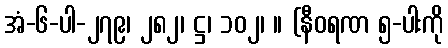
အံ-၆-ပါ-၂၇၉၊ ၂၈၂၊ ဋ္ဌ၊ ၁၀၂၊ ။ (နီဝရဏ ၅-ပါးကို